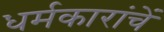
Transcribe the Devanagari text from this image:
धर्मकारांचें